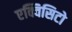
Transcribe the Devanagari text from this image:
एक्विसिटो